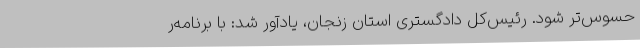
حسوس‌تر شود. رئیس‌کل دادگستری استان زنجان، یادآور شد: با برنامه‌ر